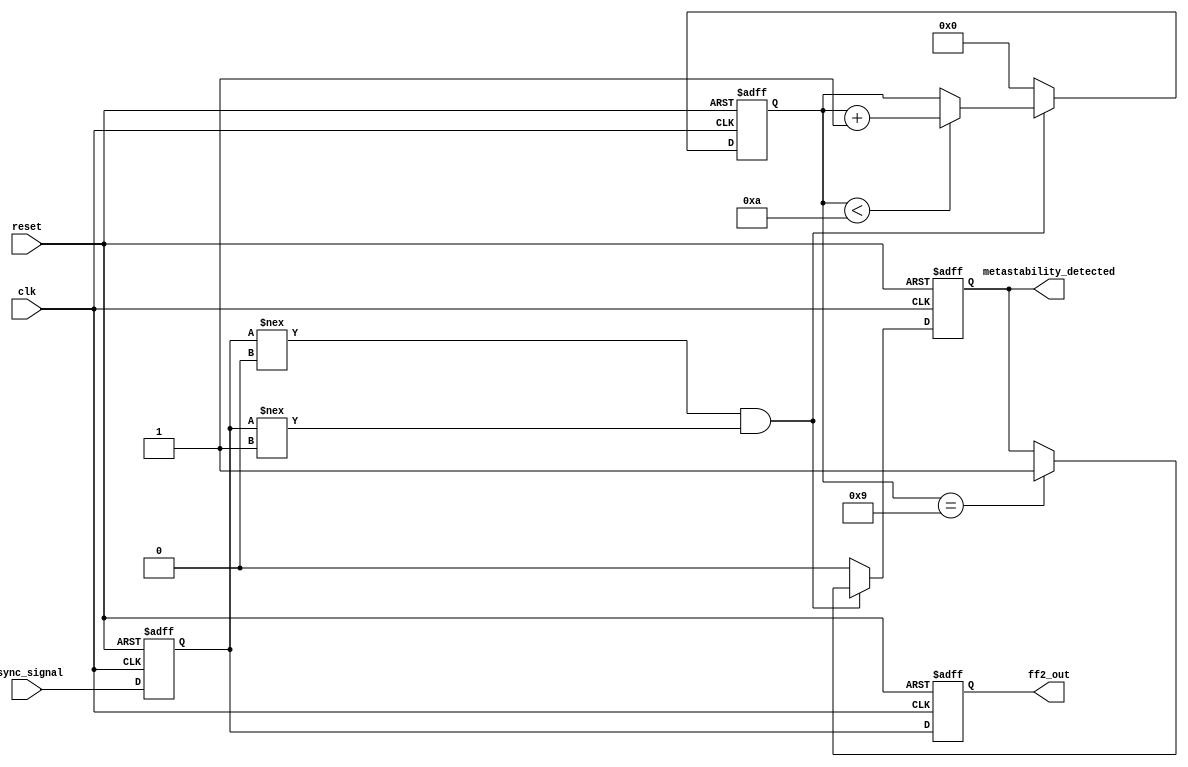
module metastability_detector (
    input wire async_signal,          // Asynchronous input signal
    input wire clk,                  // Clock signal
    input wire reset,                // Reset signal
    output reg ff2_out,              // Synchronized output signal
    output reg metastability_detected  // Metastability detection flag
);

    // Internal signals
    reg ff1_out;                     // Output of the first flip-flop
    reg [3:0] metastability_counter;  // Metastability counter
    parameter METASTABILITY_THRESHOLD = 4'd10; // Define threshold for metastability detection

    // FF1: First D Flip-Flop sampling async_signal
    always @(posedge clk or posedge reset) begin
        if (reset) begin
            ff1_out <= 1'b0; // Reset ff1_out
        end else begin
            ff1_out <= async_signal; // Sample async_signal
        end
    end

    // FF2: Second D Flip-Flop sampling ff1_out
    always @(posedge clk or posedge reset) begin
        if (reset) begin
            ff2_out <= 1'b0; // Reset ff2_out
        end else begin
            ff2_out <= ff1_out; // Sample output of the first flip-flop
        end
    end

    // Metastability Detection Logic
    always @(posedge clk or posedge reset) begin
        if (reset) begin
            metastability_counter <= 4'd0; // Reset the counter
            metastability_detected <= 1'b0; // Clear the metastability flag
        end else begin
            // Check for metastable condition
            // This is a simple example - in reality, you would need a more sophisticated detection mechanism
            if (ff1_out !== 1'b0 && ff1_out !== 1'b1) begin
                // Assuming metastability is detected if ff1_out is neither 0 nor 1
                if (metastability_counter < METASTABILITY_THRESHOLD) begin
                    metastability_counter <= metastability_counter + 1'b1; // Increment counter
                end
                // Set the metastability detected flag if threshold exceeded
                if (metastability_counter == METASTABILITY_THRESHOLD - 1) begin
                    metastability_detected <= 1'b1; // Assert flag
                end
            end else begin
                // Reset the counter if stable
                metastability_counter <= 4'd0; // Reset the counter
                metastability_detected <= 1'b0; // Clear the metastability flag
            end
        end
    end

endmodule